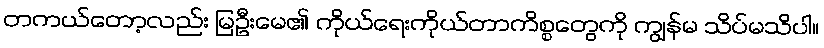
တကယ်တော့လည်း မြဦးမေ၏ ကိုယ်ရေးကိုယ်တာကိစ္စတွေကို ကျွန်မ သိပ်မသိပါ။